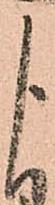
よ